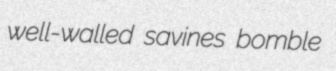
well-walled savines bomble